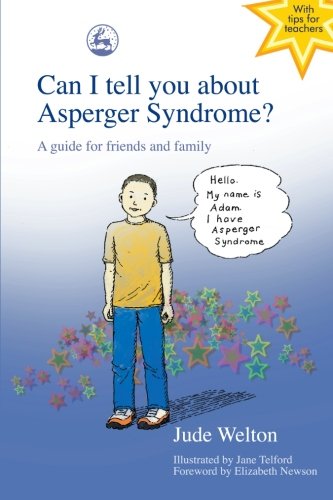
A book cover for Can I Tell You About Asperger Syndrome?: A Guide for Friends and Family; Jude Welton; Health, Fitness & Dieting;